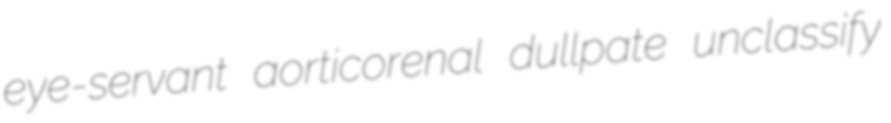
eye-servant aorticorenal dullpate unclassify